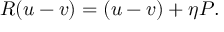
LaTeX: R ( u - v ) = ( u - v ) + \eta { \cal P } .